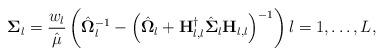
LaTeX: \begin{align*}\mathbf{\Sigma}_{l}=\frac{w_{l}}{\hat{\mu}}\left(\hat{\mathbf{\Omega}}_{l}^{-1}-\left(\hat{\mathbf{\Omega}}_{l}+\mathbf{H}_{l,l}^{\dagger}\hat{\mathbf{\Sigma}}_{l}\mathbf{H}_{l,l}\right)^{-1}\right)l=1,\ldots,L,\end{align*}